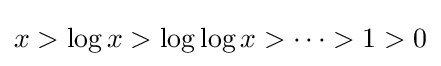
x>\log x>\log \log x>\cdots >1>0